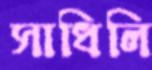
সাধিলি